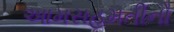
આમસહમતીનો